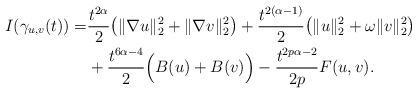
LaTeX: \begin{align*}I(\gamma_{u,v}(t))=&\frac{t^{2\alpha}}{2}\big(\|\nabla u\|_{2}^{2}+\|\nabla v\|_{2}^{2}\big)+\frac{t^{2(\alpha-1)}}{2}\big(\|u\|_{2}^{2}+\omega\|v\|_{2}^{2}\big)\\&+\frac{t^{6\alpha-4}}{2}\Big(B(u)+B(v)\Big)-\frac{t^{2p\alpha-2}}{2p}F(u,v).\end{align*}